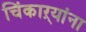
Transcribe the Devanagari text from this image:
चिंकाऱ्यांना